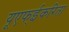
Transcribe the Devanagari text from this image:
यूएफ्ईकरिता